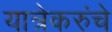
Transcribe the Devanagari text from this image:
यात्रेकरुंचे